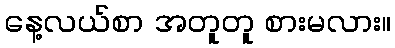
နေ့လယ်စာ အတူတူ စားမလား။